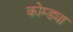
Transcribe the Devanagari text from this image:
कोम्ड्या